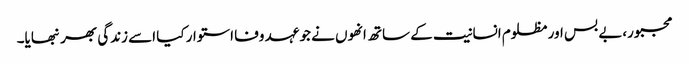
مجبور،بے بس اور مظلوم انسانیت کے ساتھ انھوں نے جو عہد وفا استوار کیا اسے زندگی بھر نبھایا۔